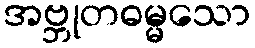
အဗ္ဘုတဓမ္မသော